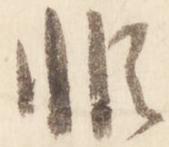
非